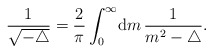
\begin{align*}\frac{1}{\sqrt{-\triangle}}=\frac{2}{\pi}\int_{0}^{\infty}\! {{\mathrm d} }m \, \frac{1}{m^2-\triangle}. \end{align*}